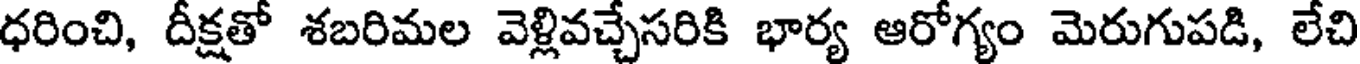
ధరించి, దీక్షతో శబరిమల వెళ్లివచ్చేసరికి భార్య ఆరోగ్యం మెరుగుపడి, లేచి